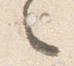
々